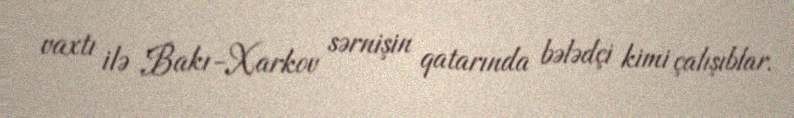
vaxtı ilə Bakı-Xarkov sərnişin qatarında bələdçi kimi çalışıblar.